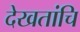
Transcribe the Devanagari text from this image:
देखतांचि